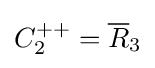
C_{2}^{++}={\overline {R}}_{3}